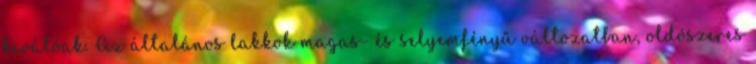
kiválóak. Az általános lakkok magas- és selyemfényű változatban, oldószeres